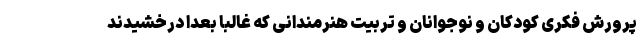
پرورش فکری کودکان و نوجوانان و تربیت هنرمندانی که غالبا بعدا درخشیدند